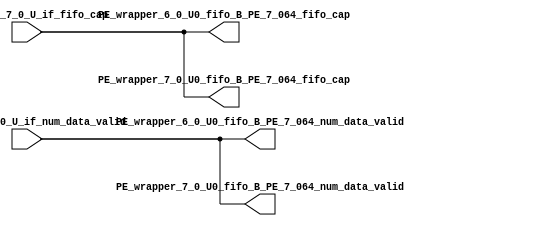
// ==================================================
// RTL generated by RapidStream
//
// Copyright 2024 RapidStream Design Automation, Inc.
// All Rights Reserved.
// ==================================================
`timescale 1 ns / 1 ps
module __rs_kernel3_aux_split_aux_131 #(
    parameter C_S_AXI_CONTROL_DATA_WIDTH  = 32,
    parameter C_S_AXI_CONTROL_ADDR_WIDTH  = 6,
    parameter C_S_AXI_DATA_WIDTH          = 32,
    parameter C_M_AXI_GMEM_A_ID_WIDTH     = 1,
    parameter C_M_AXI_GMEM_A_ADDR_WIDTH   = 64,
    parameter C_M_AXI_GMEM_A_DATA_WIDTH   = 512,
    parameter C_M_AXI_GMEM_A_AWUSER_WIDTH = 1,
    parameter C_M_AXI_GMEM_A_ARUSER_WIDTH = 1,
    parameter C_M_AXI_GMEM_A_WUSER_WIDTH  = 1,
    parameter C_M_AXI_GMEM_A_RUSER_WIDTH  = 1,
    parameter C_M_AXI_GMEM_A_BUSER_WIDTH  = 1,
    parameter C_M_AXI_GMEM_A_USER_VALUE   = 0,
    parameter C_M_AXI_GMEM_A_PROT_VALUE   = 0,
    parameter C_M_AXI_GMEM_A_CACHE_VALUE  = 3,
    parameter C_M_AXI_DATA_WIDTH          = 32,
    parameter C_M_AXI_GMEM_B_ID_WIDTH     = 1,
    parameter C_M_AXI_GMEM_B_ADDR_WIDTH   = 64,
    parameter C_M_AXI_GMEM_B_DATA_WIDTH   = 512,
    parameter C_M_AXI_GMEM_B_AWUSER_WIDTH = 1,
    parameter C_M_AXI_GMEM_B_ARUSER_WIDTH = 1,
    parameter C_M_AXI_GMEM_B_WUSER_WIDTH  = 1,
    parameter C_M_AXI_GMEM_B_RUSER_WIDTH  = 1,
    parameter C_M_AXI_GMEM_B_BUSER_WIDTH  = 1,
    parameter C_M_AXI_GMEM_B_USER_VALUE   = 0,
    parameter C_M_AXI_GMEM_B_PROT_VALUE   = 0,
    parameter C_M_AXI_GMEM_B_CACHE_VALUE  = 3,
    parameter C_M_AXI_GMEM_C_ID_WIDTH     = 1,
    parameter C_M_AXI_GMEM_C_ADDR_WIDTH   = 64,
    parameter C_M_AXI_GMEM_C_DATA_WIDTH   = 512,
    parameter C_M_AXI_GMEM_C_AWUSER_WIDTH = 1,
    parameter C_M_AXI_GMEM_C_ARUSER_WIDTH = 1,
    parameter C_M_AXI_GMEM_C_WUSER_WIDTH  = 1,
    parameter C_M_AXI_GMEM_C_RUSER_WIDTH  = 1,
    parameter C_M_AXI_GMEM_C_BUSER_WIDTH  = 1,
    parameter C_M_AXI_GMEM_C_USER_VALUE   = 0,
    parameter C_M_AXI_GMEM_C_PROT_VALUE   = 0,
    parameter C_M_AXI_GMEM_C_CACHE_VALUE  = 3,
    parameter C_S_AXI_CONTROL_WSTRB_WIDTH = 4,
    parameter C_S_AXI_WSTRB_WIDTH         = 4,
    parameter C_M_AXI_GMEM_A_WSTRB_WIDTH  = 64,
    parameter C_M_AXI_WSTRB_WIDTH         = 4,
    parameter C_M_AXI_GMEM_B_WSTRB_WIDTH  = 64,
    parameter C_M_AXI_GMEM_C_WSTRB_WIDTH  = 64
) (
    output wire [1:0] PE_wrapper_6_0_U0_fifo_B_PE_7_064_fifo_cap,
    output wire [1:0] PE_wrapper_6_0_U0_fifo_B_PE_7_064_num_data_valid,
    output wire [1:0] PE_wrapper_7_0_U0_fifo_B_PE_7_064_fifo_cap,
    output wire [1:0] PE_wrapper_7_0_U0_fifo_B_PE_7_064_num_data_valid,
    input wire  [1:0] fifo_B_PE_7_0_U_if_fifo_cap,
    input wire  [1:0] fifo_B_PE_7_0_U_if_num_data_valid
);
assign PE_wrapper_6_0_U0_fifo_B_PE_7_064_fifo_cap = fifo_B_PE_7_0_U_if_fifo_cap;
assign PE_wrapper_6_0_U0_fifo_B_PE_7_064_num_data_valid = fifo_B_PE_7_0_U_if_num_data_valid;
assign PE_wrapper_7_0_U0_fifo_B_PE_7_064_fifo_cap = fifo_B_PE_7_0_U_if_fifo_cap;
assign PE_wrapper_7_0_U0_fifo_B_PE_7_064_num_data_valid = fifo_B_PE_7_0_U_if_num_data_valid;
endmodule